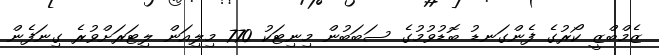
ޒެމްބްޒީ ކޯރުގެ ފެންގަނޑު ބޮޑުވުމުގެ ސަބަބުން މިނިޓަކު 770 މިލިއަން ލިޓަރަށްވުރެ ގިނަފެން